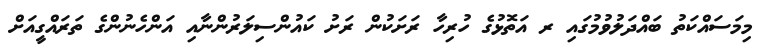
މިމަސައްކަތު ބައްދަލުވުމުގައި ރ އަތޮޅުގެ ހުރިހާ ރަށަކުން ރަށު ކައުންސިލަރުންނާއި އަންހެނުންގެ ތަރައްގީއަށް